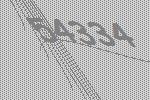
54334